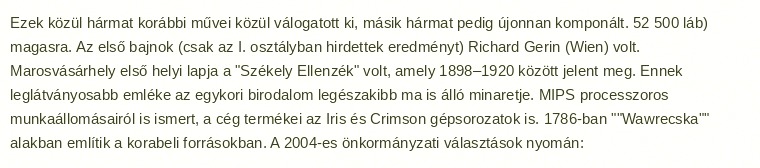
Ezek közül hármat korábbi művei közül válogatott ki, másik hármat pedig újonnan komponált. 52 500 láb) magasra. Az első bajnok (csak az I. osztályban hirdettek eredményt) Richard Gerin (Wien) volt. Marosvásárhely első helyi lapja a "Székely Ellenzék" volt, amely 1898–1920 között jelent meg. Ennek leglátványosabb emléke az egykori birodalom legészakibb ma is álló minaretje. MIPS processzoros munkaállomásairól is ismert, a cég termékei az Iris és Crimson gépsorozatok is. 1786-ban ""Wawrecska"" alakban említik a korabeli forrásokban. A 2004-es önkormányzati választások nyomán: